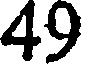
49